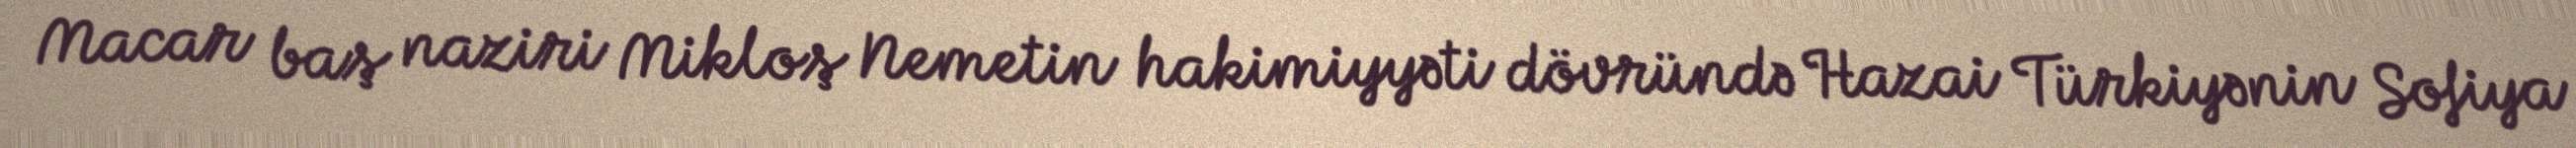
Macar baş naziri Mikloş Nemetin hakimiyyəti dövründə Hazai Türkiyənin Sofiya